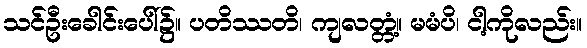
သင်ဦးခေါင်းပေါ်၌။ ပတိဿတိ၊ ကျလတ္တံ့။ မမံပိ၊ ငါ့ကိုလည်း။